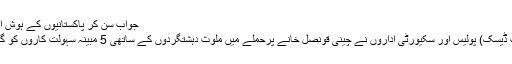
جواب سن کر پاکستانیوں کے ہوش اڑ جائیں گے
کراچی (ویب ڈیسک) پولیس اور سکیورٹی اداروں نے چینی قونصل خانے پرحملے میں ملوث دہشتگردوں کے ساتھی 5 مبینہ سہولت کاروں کو گرفتار کر لیا۔